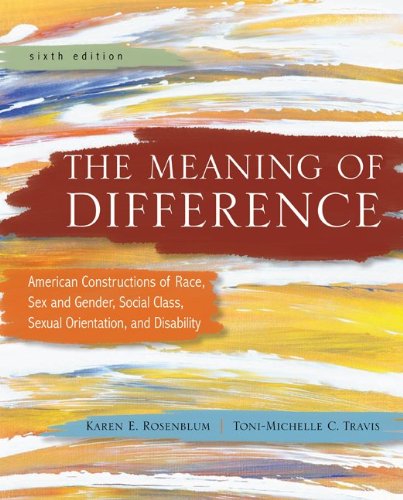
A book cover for The Meaning of Difference: American Constructions of Race, Sex and Gender, Social Class, Sexual Orientation, and Disability; Politics & Social Sciences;